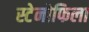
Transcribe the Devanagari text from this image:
स्टेनोफिला